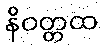
နိဝတ္တထ